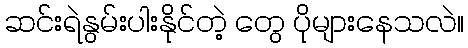
ဆင်းရဲနွမ်းပါးနိုင်တဲ့ တွေ ပိုများနေသလဲ။